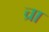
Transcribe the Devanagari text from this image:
च्रा